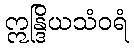
ဣန္ဒြိယသံဝရံ